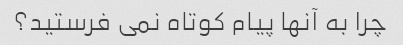
چرا به آنها پیام کوتاه نمی فرستید؟